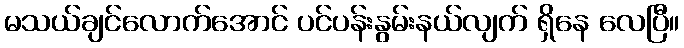
မသယ်ချင်လောက်အောင် ပင်ပန်းနွမ်းနယ်လျက် ရှိနေ လေပြီ။